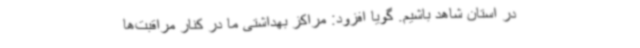
در استان شاهد باشیم. گویا افزود: مراکز بهداشتی ما در کنار مراقبت‌ها